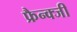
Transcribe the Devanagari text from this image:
फ्रैन्क्जी